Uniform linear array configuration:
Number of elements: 24
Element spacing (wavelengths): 1
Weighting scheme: kaiser
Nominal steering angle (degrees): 45
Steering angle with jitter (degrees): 45.12
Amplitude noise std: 0.05
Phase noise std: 0.05

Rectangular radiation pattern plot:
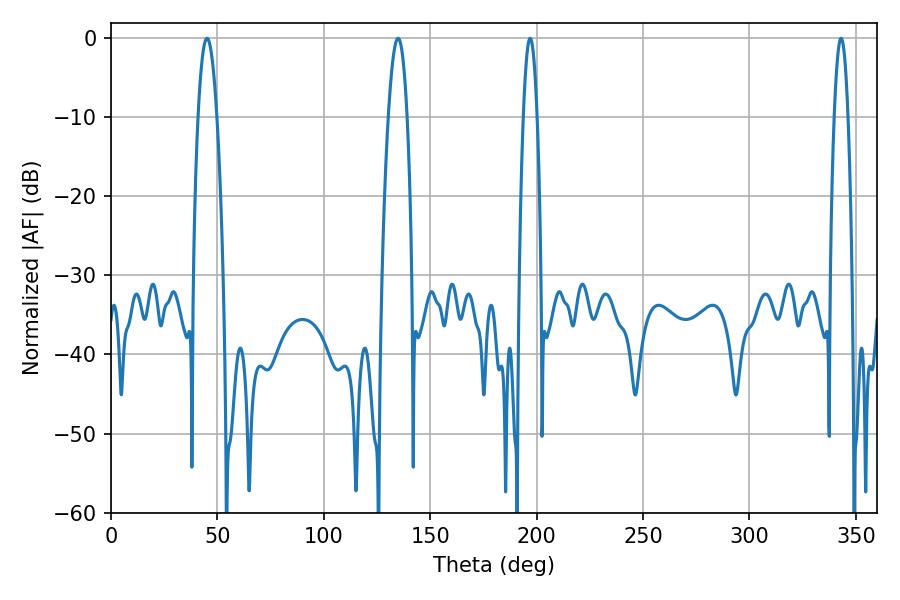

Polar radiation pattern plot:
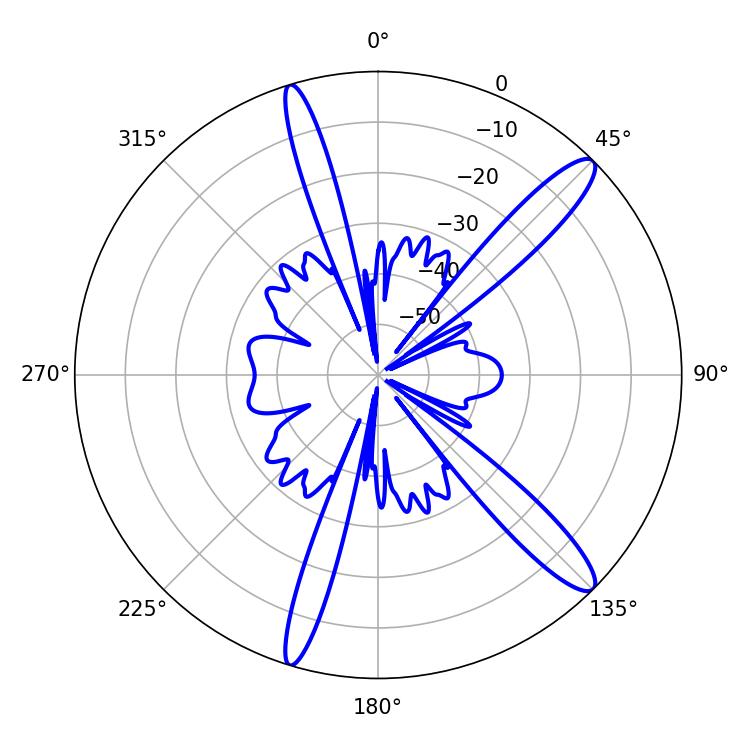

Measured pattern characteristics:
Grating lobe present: TRUE
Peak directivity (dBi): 13.44
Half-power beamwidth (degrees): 3.6
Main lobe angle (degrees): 196.92